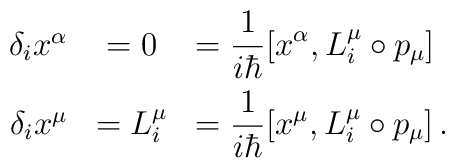
\begin{array}{rcl}\delta_{i} x^{\alpha}&=0&=\displaystyle\frac{1}{i\hbar}[x^{\alpha}, L^{\mu}_{i}\circ p_{\mu}] \\[3mm] \delta_{i}x^{\mu}&=L^{\mu}_{i}&=\displaystyle\frac{1}{i\hbar} [x^{\mu},L^{\mu}_{i}\circ p_{\mu}]\,.\end{array}